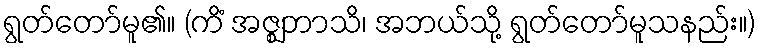
ရွတ်တော်မူ၏။ (ကိံ အဇ္ဈဘာသိ၊ အဘယ်သို့ ရွတ်တော်မူသနည်း။)